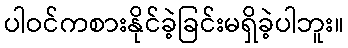
ပါဝင်ကစားနိုင်ခဲ့ခြင်းမရှိခဲ့ပါဘူး။